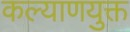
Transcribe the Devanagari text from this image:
कल्याणयुक्त